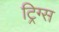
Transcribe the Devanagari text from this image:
ट्रिग्स